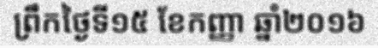
ព្រឹកថ្ងៃទី១៥ ខែកញ្ញា ឆ្នាំ២០១៦